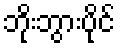
ဘိုးဘွားပိုင်